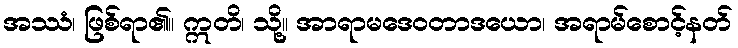
အဿံ၊ ဖြစ်ရာ၏။ ဣတိ၊ သို့။ အာရာမဒေဝတာဒယော၊ အရာမ်စောင့်နတ်